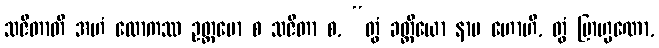
သဇိတာတိ အဟံ လောကဿ ဥတ္တမော စ သဇိတာ စ, “တွံ ခတ္တိယော နာမ ဟောဟိ, တွံ ဗြာဟ္မဏော,